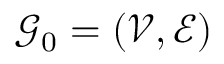
\mathcal { G } _ { 0 } = ( \mathcal { V } , \mathcal { E } )